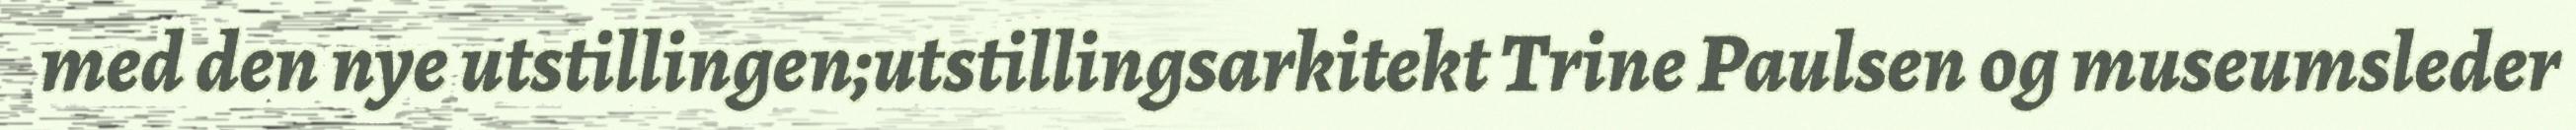
med den nye utstillingen;utstillingsarkitekt Trine Paulsen og museumsleder